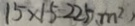
1 5 \times 1 5 = 2 2 5 ( m ^ { 2 } )